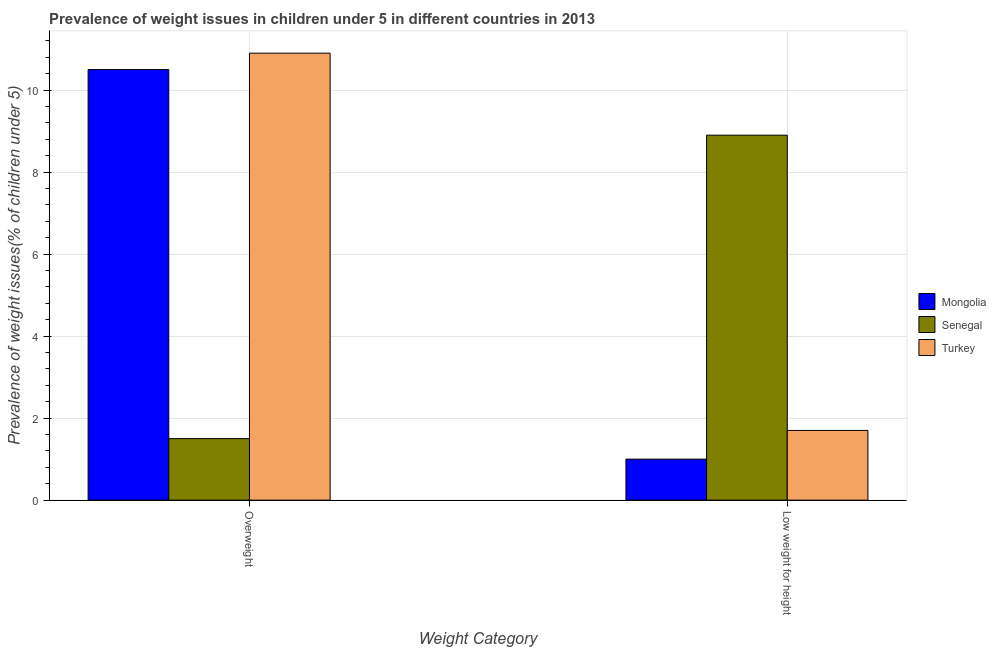
| Weight Category | Mongolia | Senegal | Turkey |
 | --- | --- | --- | --- |
 | Overweight | 10.5 | 1.5 | 10.9 |
 | Low weight for height | 1 | 8.9 | 1.7 |